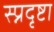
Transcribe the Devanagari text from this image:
स्प्नदृष्टा